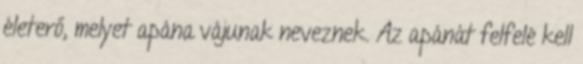
életerő, melyet apána vájunak neveznek. Az apánát felfelé kell